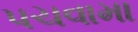
પચવામા